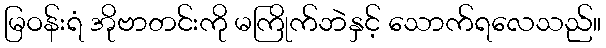
မြဝန်းရံ အိုဗာတင်းကို မကြိုက်ဘဲနှင့် သောက်ရလေသည်။